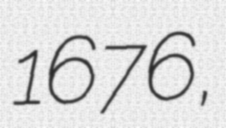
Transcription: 1676,